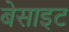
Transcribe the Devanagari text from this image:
बेसाइट